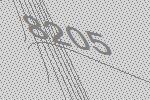
8205